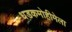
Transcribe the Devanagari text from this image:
धडकमोहीमेला